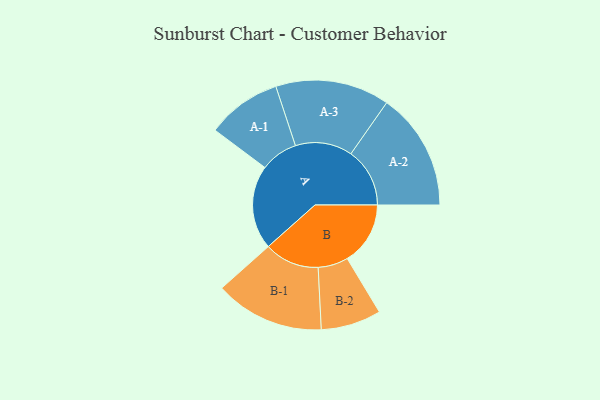
{"axis": {"x": "Segment", "y": "Value"}, "legend": ["", "A", "B"], "data": [{"x": "A", "y": 418, "type": ""}, {"x": "B", "y": 314, "type": ""}, {"x": "A-1", "y": 186, "type": "A"}, {"x": "A-2", "y": 293, "type": "A"}, {"x": "A-3", "y": 284, "type": "A"}, {"x": "B-1", "y": 273, "type": "B"}, {"x": "B-2", "y": 150, "type": "B"}]}